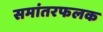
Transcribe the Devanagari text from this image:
समांतरफलक